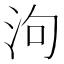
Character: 泃